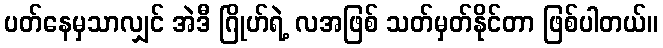
ပတ်နေမှသာလျှင် အဲဒီ ဂြိုဟ်ရဲ့ လအဖြစ် သတ်မှတ်နိုင်တာ ဖြစ်ပါတယ်။